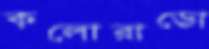
কলোরাডো